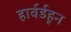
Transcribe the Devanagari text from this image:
हार्वर्डहून